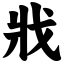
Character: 戕